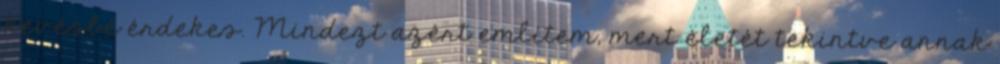
kevésbé érdekes. Mindezt azért említem, mert életét tekintve annak